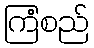
ကြံစည်